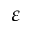
\varepsilon